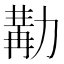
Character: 𠢉